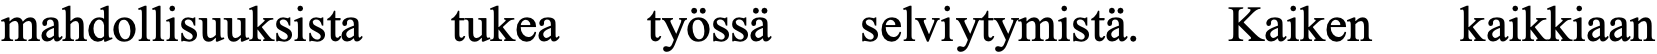
mahdollisuuksista tukea työssä selviytymistä. Kaiken kaikkiaan